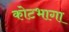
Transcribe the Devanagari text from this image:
कोटभागा